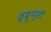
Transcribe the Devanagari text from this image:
कूच्चुप्पुडी